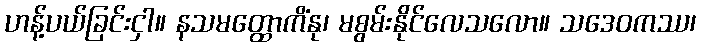
ဟန့်ပယ်ခြင်းငှါ။ နသမတ္ထောကိံနု၊ မစွမ်းနိုင်လေသလော။ သဒေဝကဿ၊